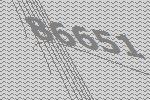
86651